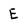
Character: E